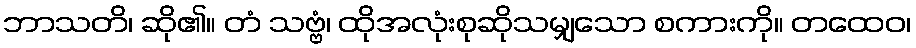
ဘာသတိ၊ ဆို၏။ တံ သဗ္ဗံ၊ ထိုအလုံးစုဆိုသမျှသော စကားကို။ တထေဝ၊